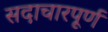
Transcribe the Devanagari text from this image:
सदाचारपूर्ण